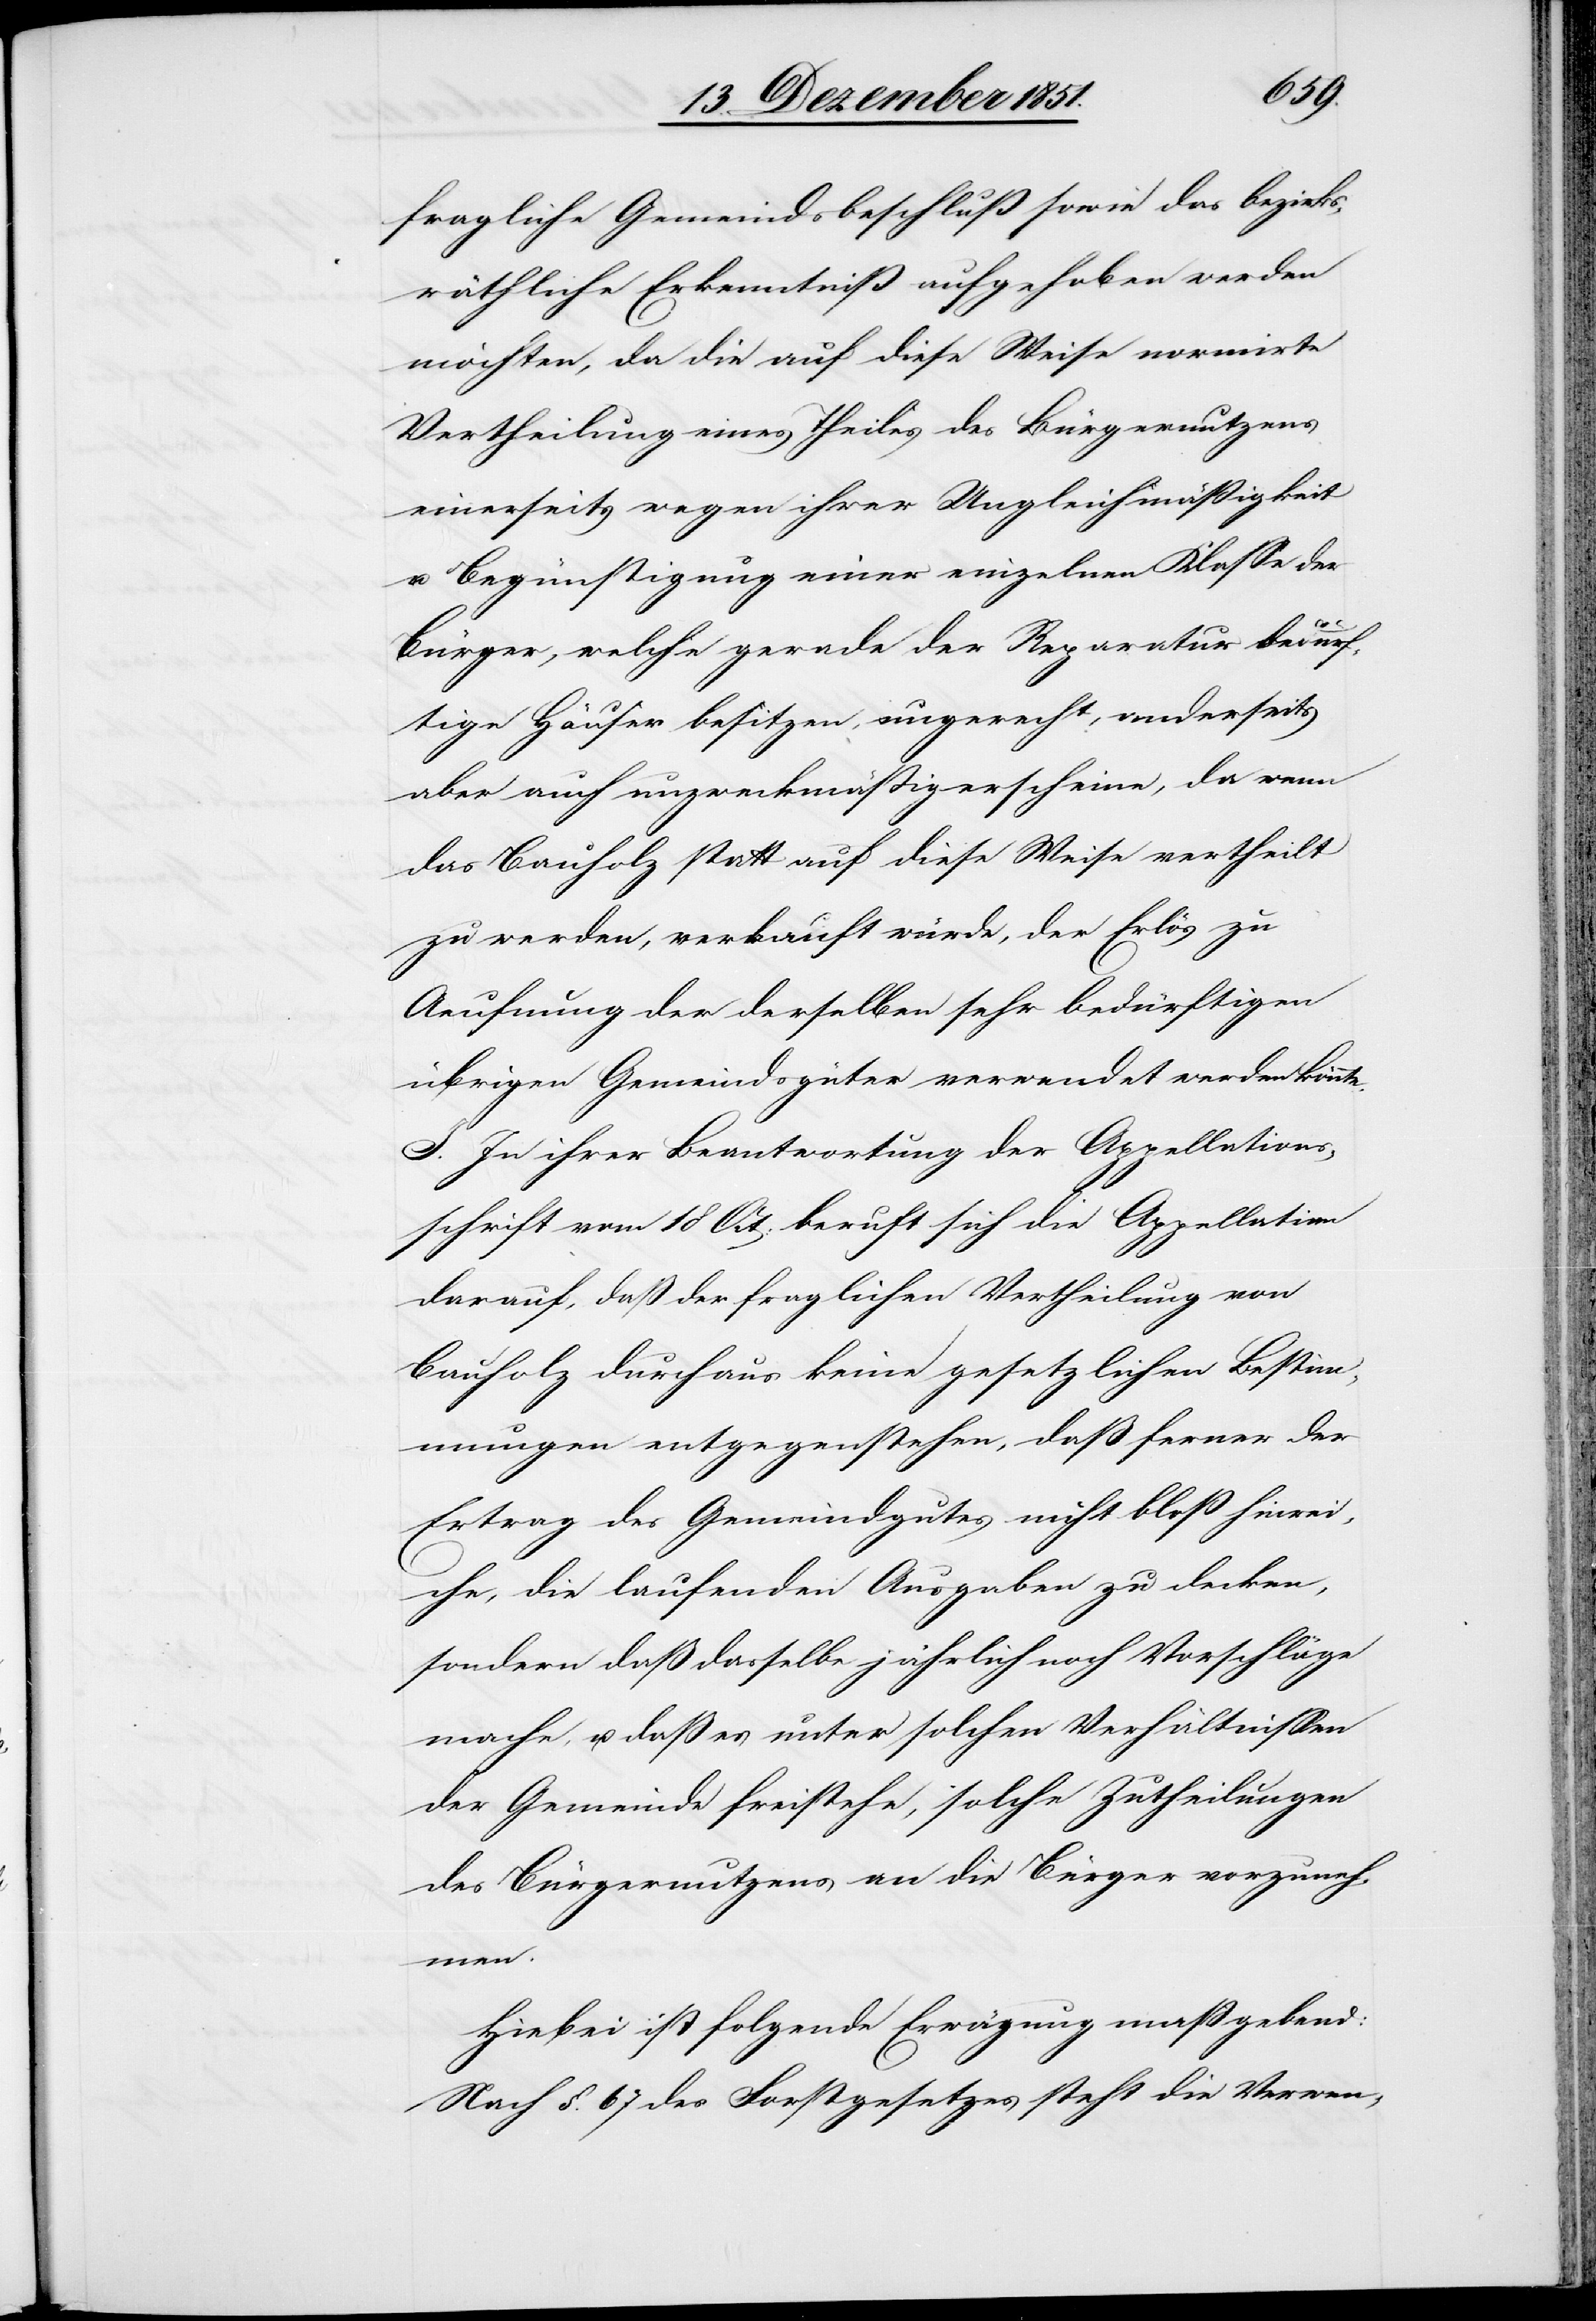
fragliche Gemeindsbeschluß sowie das bezirks¬
räthliche Erkenntniß aufgehoben werden
möchten, da die auf diese Weise normirte
Vertheilung eines Theiles des Bürgernutzens
einerseits wegen ihrer Ungleichmäßigkeit
u. Begünstigung einer einzelnen Klasse der
Bürger, welche gerade der Reparatur bedürf¬
tige Häuser besitzen, ungerecht, anderseits
aber auch unzweckmäßig erscheine, da wenn
das Bauholz statt auf diese Weise vertheilt
zu werden, verkauft würde, der Erlös zu
Aeufnung der derselben sehr bedürftigen
übrigen Gemeindsgüter verwendet werden könnte.
I. In ihrer Beantwortung der Appellations¬
schrift vom 18 Oct: beruft sich die Appellatin
darauf, daß der fraglichen Vertheilung von
Bauholz durchaus keine gesetzlichen Besti¬
mmungen entgegenstehen, daß ferner der
Ertrag des Gemeindgutes nicht bloß hinrei¬
che, die laufenden Ausgaben zu decken,
sondern daß dasselbe jährlich noch Vorschläge
mache, u. daß es unter solchen Verhältnissen
der Gemeinde freistehe, solche Zutheilungen
des Bürgernutzens an die Bürger vorzuneh¬
men.
Hiebei ist folgende Erwägung maßgebend:
Nach §. 67 des Forstgesetzes steht die Verwen-